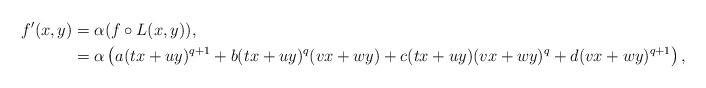
LaTeX: \begin{align*}f'(x,y) &= \alpha ( f \circ L(x,y) ),\\ &= \alpha \left( a (tx+uy)^{q+1} + b (tx+uy)^q (vx+wy) + c(tx+uy) (vx+wy)^q + d (vx+wy)^{q+1} \right),\end{align*}